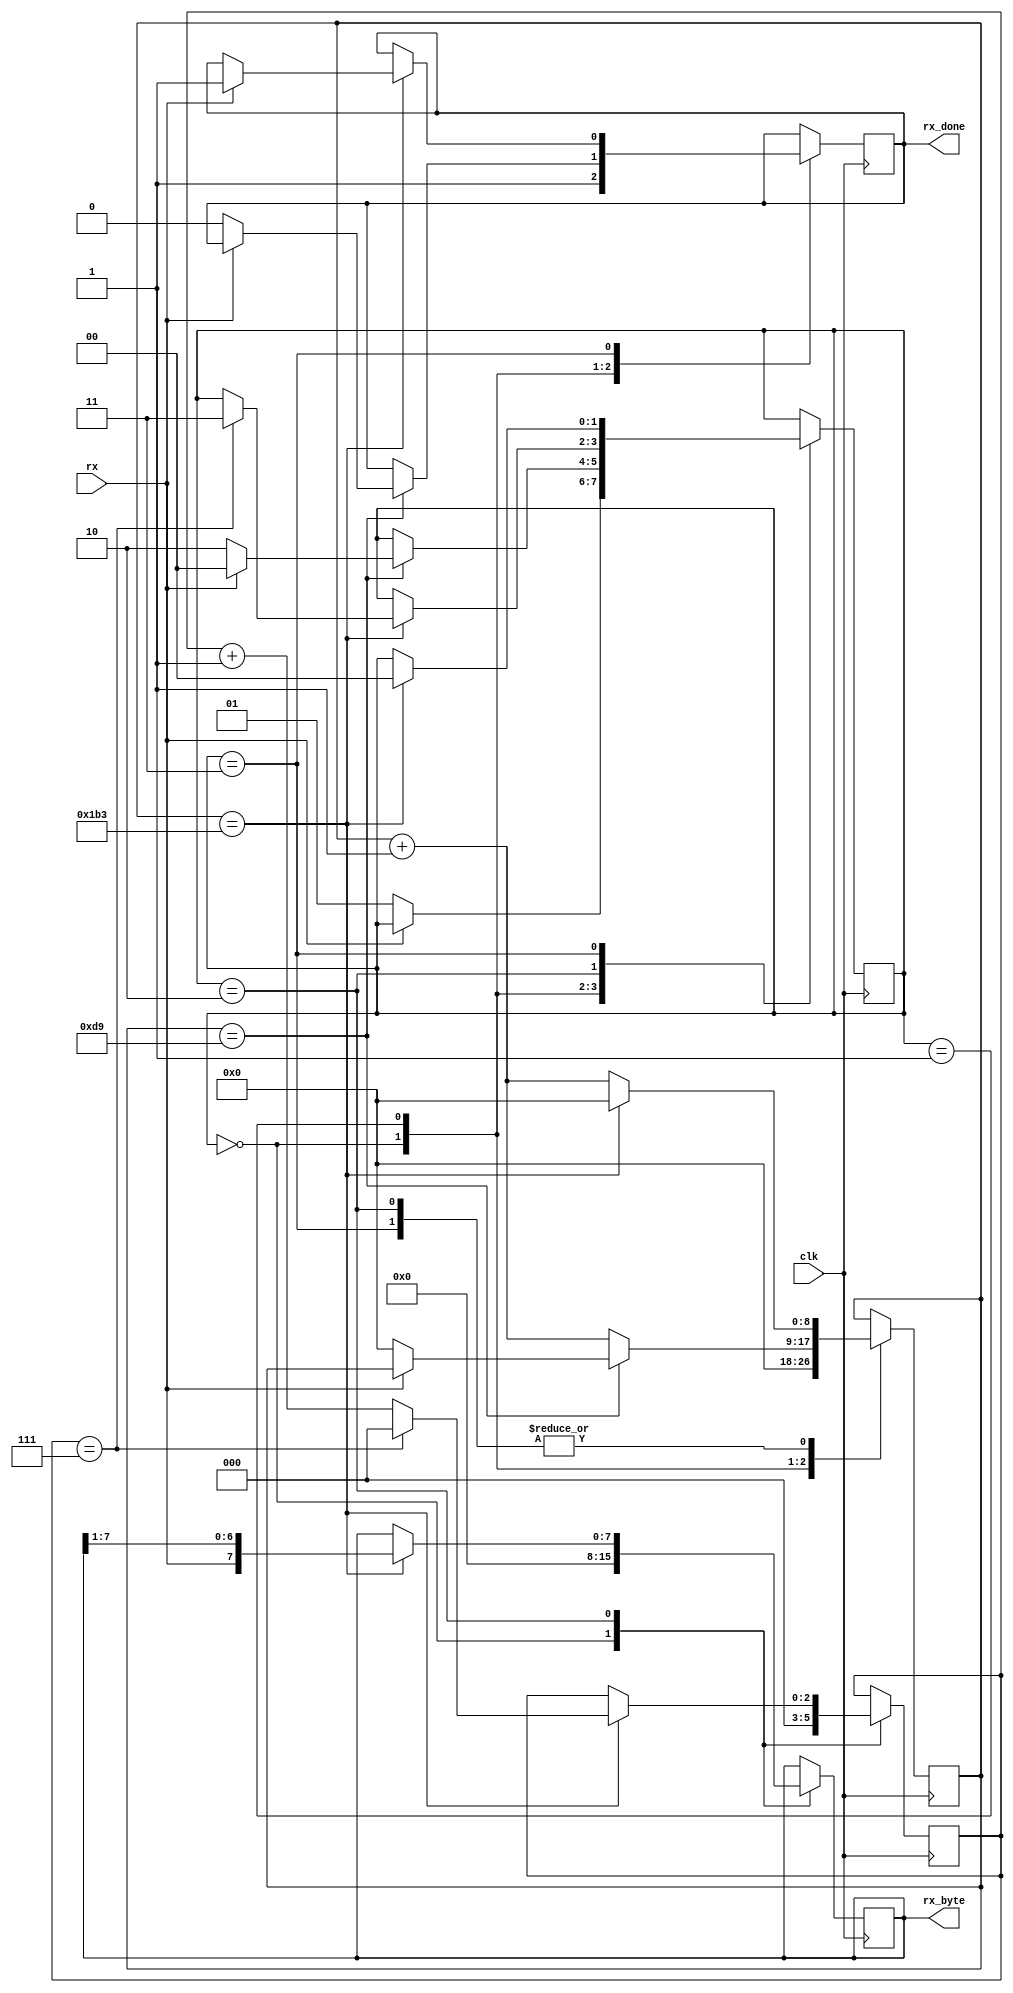
module uart_reciever
(
    input clk,
    input rx,
    output rx_done,
    output [7:0] rx_byte
);

// Define uart reciever state items
reg [1:0] state;
localparam [1:0]
    IDLE  = 2'b00,
    START = 2'b01,
    DATA  = 2'b10,
    STOP  = 2'b11;

// Counter used to sample in the middle of a uart bit
// Baud rate of 115200: (50 MHz / 115200) = about 435 clk ticks per uart bit
reg [8:0] sample_counter;
localparam [8:0] BAUD_TICK = 9'd435;

// Reg that holds the recieved uart byte
reg [7:0] rx_byte_buffer;

// Define "done" flag for a sucessful byte reception
reg rx_done_buffer;

// Count number of recieved bits and stop at 1 byte (i.e. 8)
reg [2:0]rx_byte_counter;

initial
begin
    state = IDLE;
    rx_byte_buffer = 0;
    sample_counter = 0;
    rx_done_buffer = 1;
    rx_byte_counter = 0;
end

always@(posedge clk)
begin
    case (state)
    IDLE:
    begin
        rx_byte_buffer <= 0;
        sample_counter <= 0;
        rx_done_buffer <= 1;
        rx_byte_counter <= 0;

        if (!rx)
            state <= START;
    end
    START:
    begin
        // Initially offset by half baud tick to sample the middle of a data bit
        if (sample_counter == BAUD_TICK / 2)
        begin
            if (!rx)
            begin
                state <= DATA;
                rx_done_buffer <= 0;
                sample_counter <= 0;
            end
            else
                state <= IDLE;
        end
        else
            sample_counter <= sample_counter + 1;
    end
    DATA:
    begin
        if (sample_counter == BAUD_TICK)
        begin
            // Shift-in input rx into rx byte buffer and increment byte counter
            rx_byte_buffer <= {rx, rx_byte_buffer[7:1]};
            rx_byte_counter <= rx_byte_counter + 1;
            
            // If 7th bit was recieved
            if (rx_byte_counter == 7)
            begin
                state <= STOP;
                rx_byte_counter <= 0;
            end

            // Clear sample counter
            sample_counter <= 0;
        end
        else
            sample_counter <= sample_counter + 1;
    end
    STOP:
    begin
        if (sample_counter == BAUD_TICK)
        begin
            if (rx)
            begin
                rx_done_buffer <= 1;
            end

            // Clear sample counter and go back to IDLE state
            sample_counter <= 0;
            state <= IDLE;
        end
        else
            sample_counter <= sample_counter + 1;
    end
    endcase
end

// Connect module outputs
assign rx_done = rx_done_buffer;
assign rx_byte = rx_byte_buffer;

endmodule